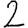
Digit: 2